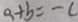
a + b = - c